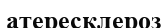
атересклероз